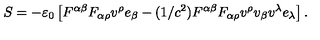
S = - \varepsilon _ { 0 } \left[ F ^ { \alpha \beta } F _ { \alpha \rho } v ^ { \rho } e _ { \beta } - ( 1 / c ^ { 2 } ) F ^ { \alpha \beta } F _ { \alpha \rho } v ^ { \rho } v _ { \beta } v ^ { \lambda } e _ { \lambda } \right] .